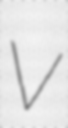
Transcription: V